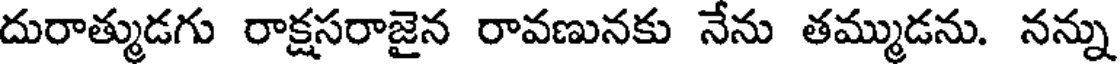
దురాత్ముడగు రాక్షసరాజైన రావణునకు నేను తమ్ముడను. నన్ను